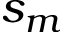
s _ { m }